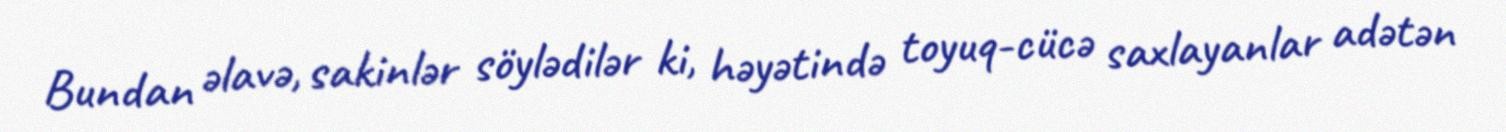
Bundan əlavə, sakinlər söylədilər ki, həyətində toyuq-cücə saxlayanlar adətən